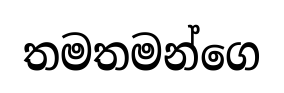
තමතමන්ගෙ